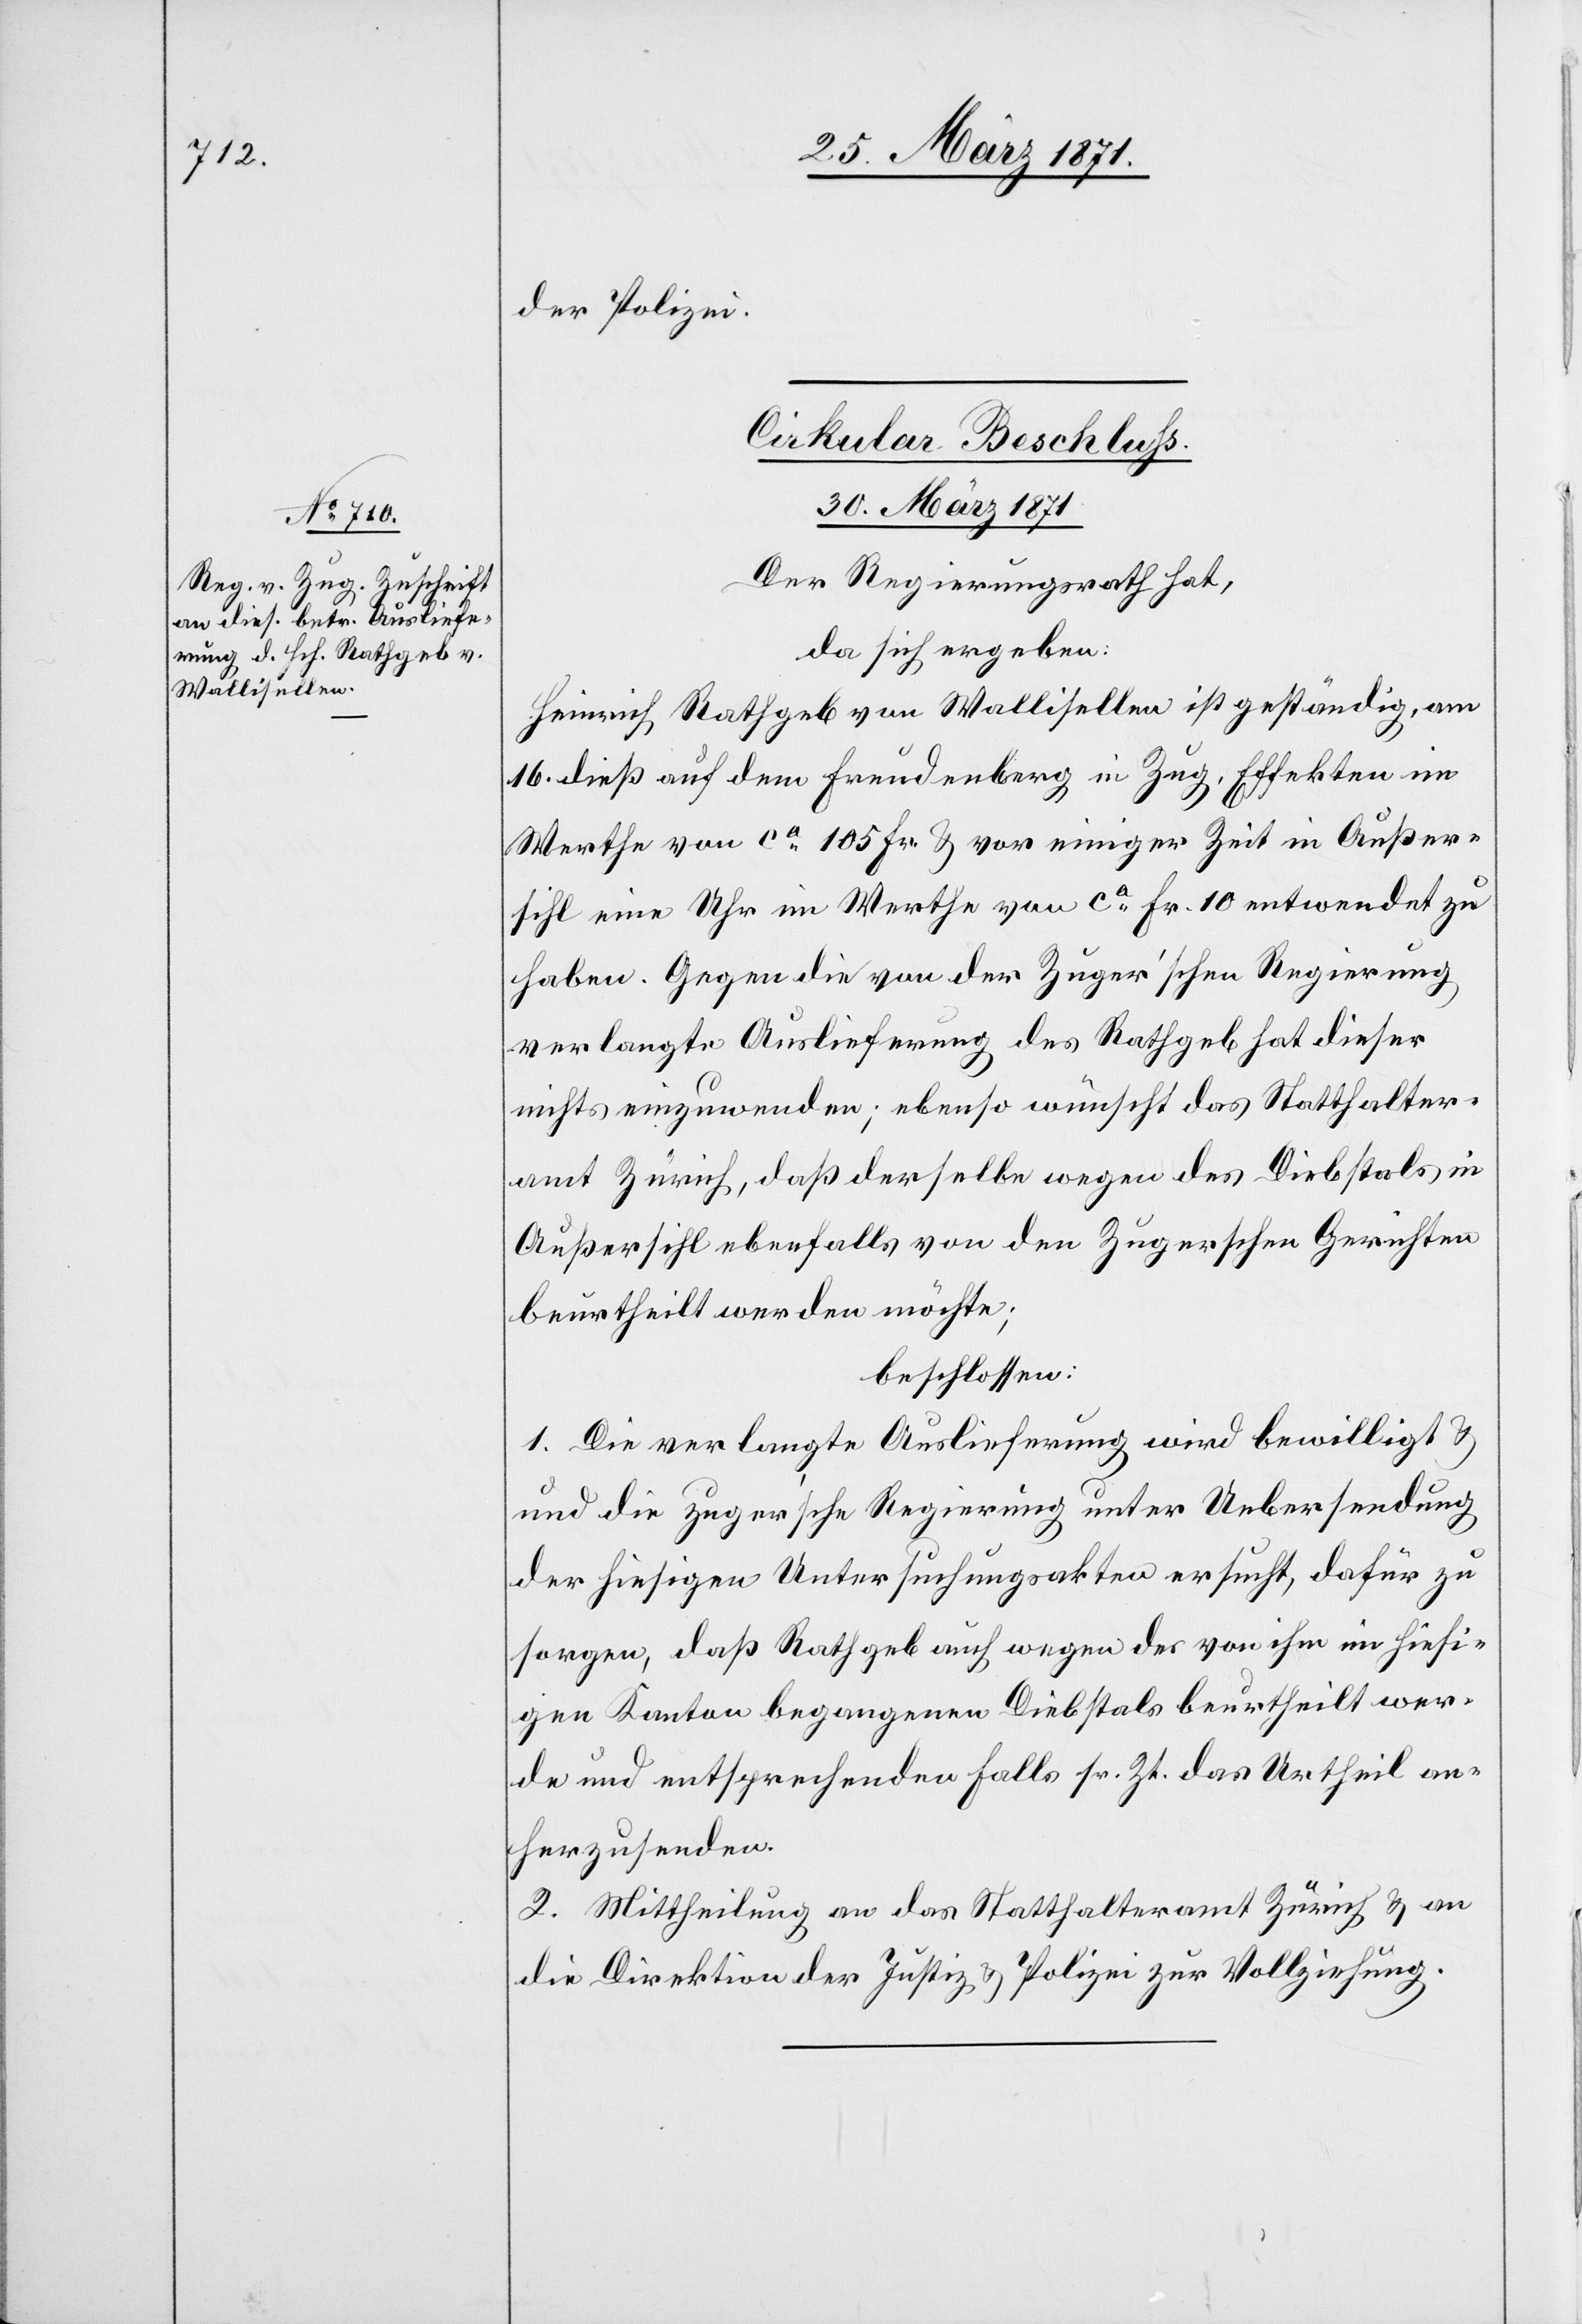
der Polizei.
Cirkular-Beschluß
30. März 1871.
Der Regierungsrath hat,
das sich ergeben:
Heinrich Rathgeb von Wallisellen ist geständig, am
16. dieß auf dem Freudenberg in Zug, Effekten im
Werthe von ca. 105 Fr. u. vor einiger Zeit in Außer¬
sihl eine Uhr im Werthe von ca. Fr. 10 entwendet zu
haben. Gegen die von der Zuger’schen Regierung
verlangte Auslieferung des Rathgeb hat dieser
nichts einzuwenden; ebenso wünscht das Statthalter¬
amt Zürich, daß derselbe wegen des Diebstals in
Außersihl ebenfalls von den Zugerschen Gerichten
beurtheilt werden möchte;
beschlossen:
1. Die verlangte Auslieferung wird bewilligt u.
die zuger’sche Regierung unter Uebersendung
der hiesigen Untersuchungsakten ersucht, dafür zu
sorgen, daß Rathgeb auch wegen der von ihm im hiesi¬
gen Kanton begangenen Diebstals beurtheilt wer¬
de und entsprechenden Falls sr. Zt. das Urtheil an¬
herzusenden.
2. Mittheilung an das Statthalteramt Zürich u. an
die Direktion der Justiz u. Polizei zur Vollziehung.